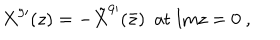
X ^ { 9 \prime } ( z ) = - { \tilde { X } } ^ { 9 \prime } ( \bar { z } ) \ \ \mathrm { a t \ I m } z = 0 \ ,